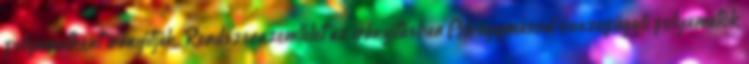
folyamatként irányítják. Rendszerszemlélet az irányításban Az egymással összefüggő folyamatok